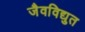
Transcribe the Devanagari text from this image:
जैवविद्युत